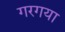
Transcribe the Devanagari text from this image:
गरगया